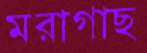
মরাগাছ